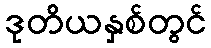
ဒုတိယနှစ်တွင်